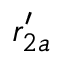
r _ { 2 a } ^ { \prime }